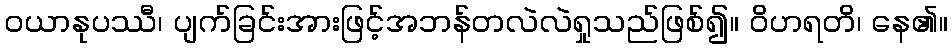
ဝယာနုပဿီ၊ ပျက်ခြင်းအားဖြင့်အဘန်တလဲလဲရှုသည်ဖြစ်၍။ ဝိဟရတိ၊ နေ၏။